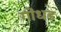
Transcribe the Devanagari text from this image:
गोंधड